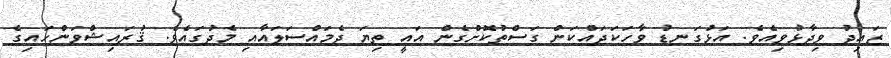
ޒައިދު ވިދާޅުވިއެވެ. އަޅުގަނޑު ވާހަކަދައްކަން ގަސްތުކޮށްގެން އައީ ތިޔަ ދެމައްސަލައާއި މެދުގައެވެ. ޤުރައިޝްވަންހައިގެ